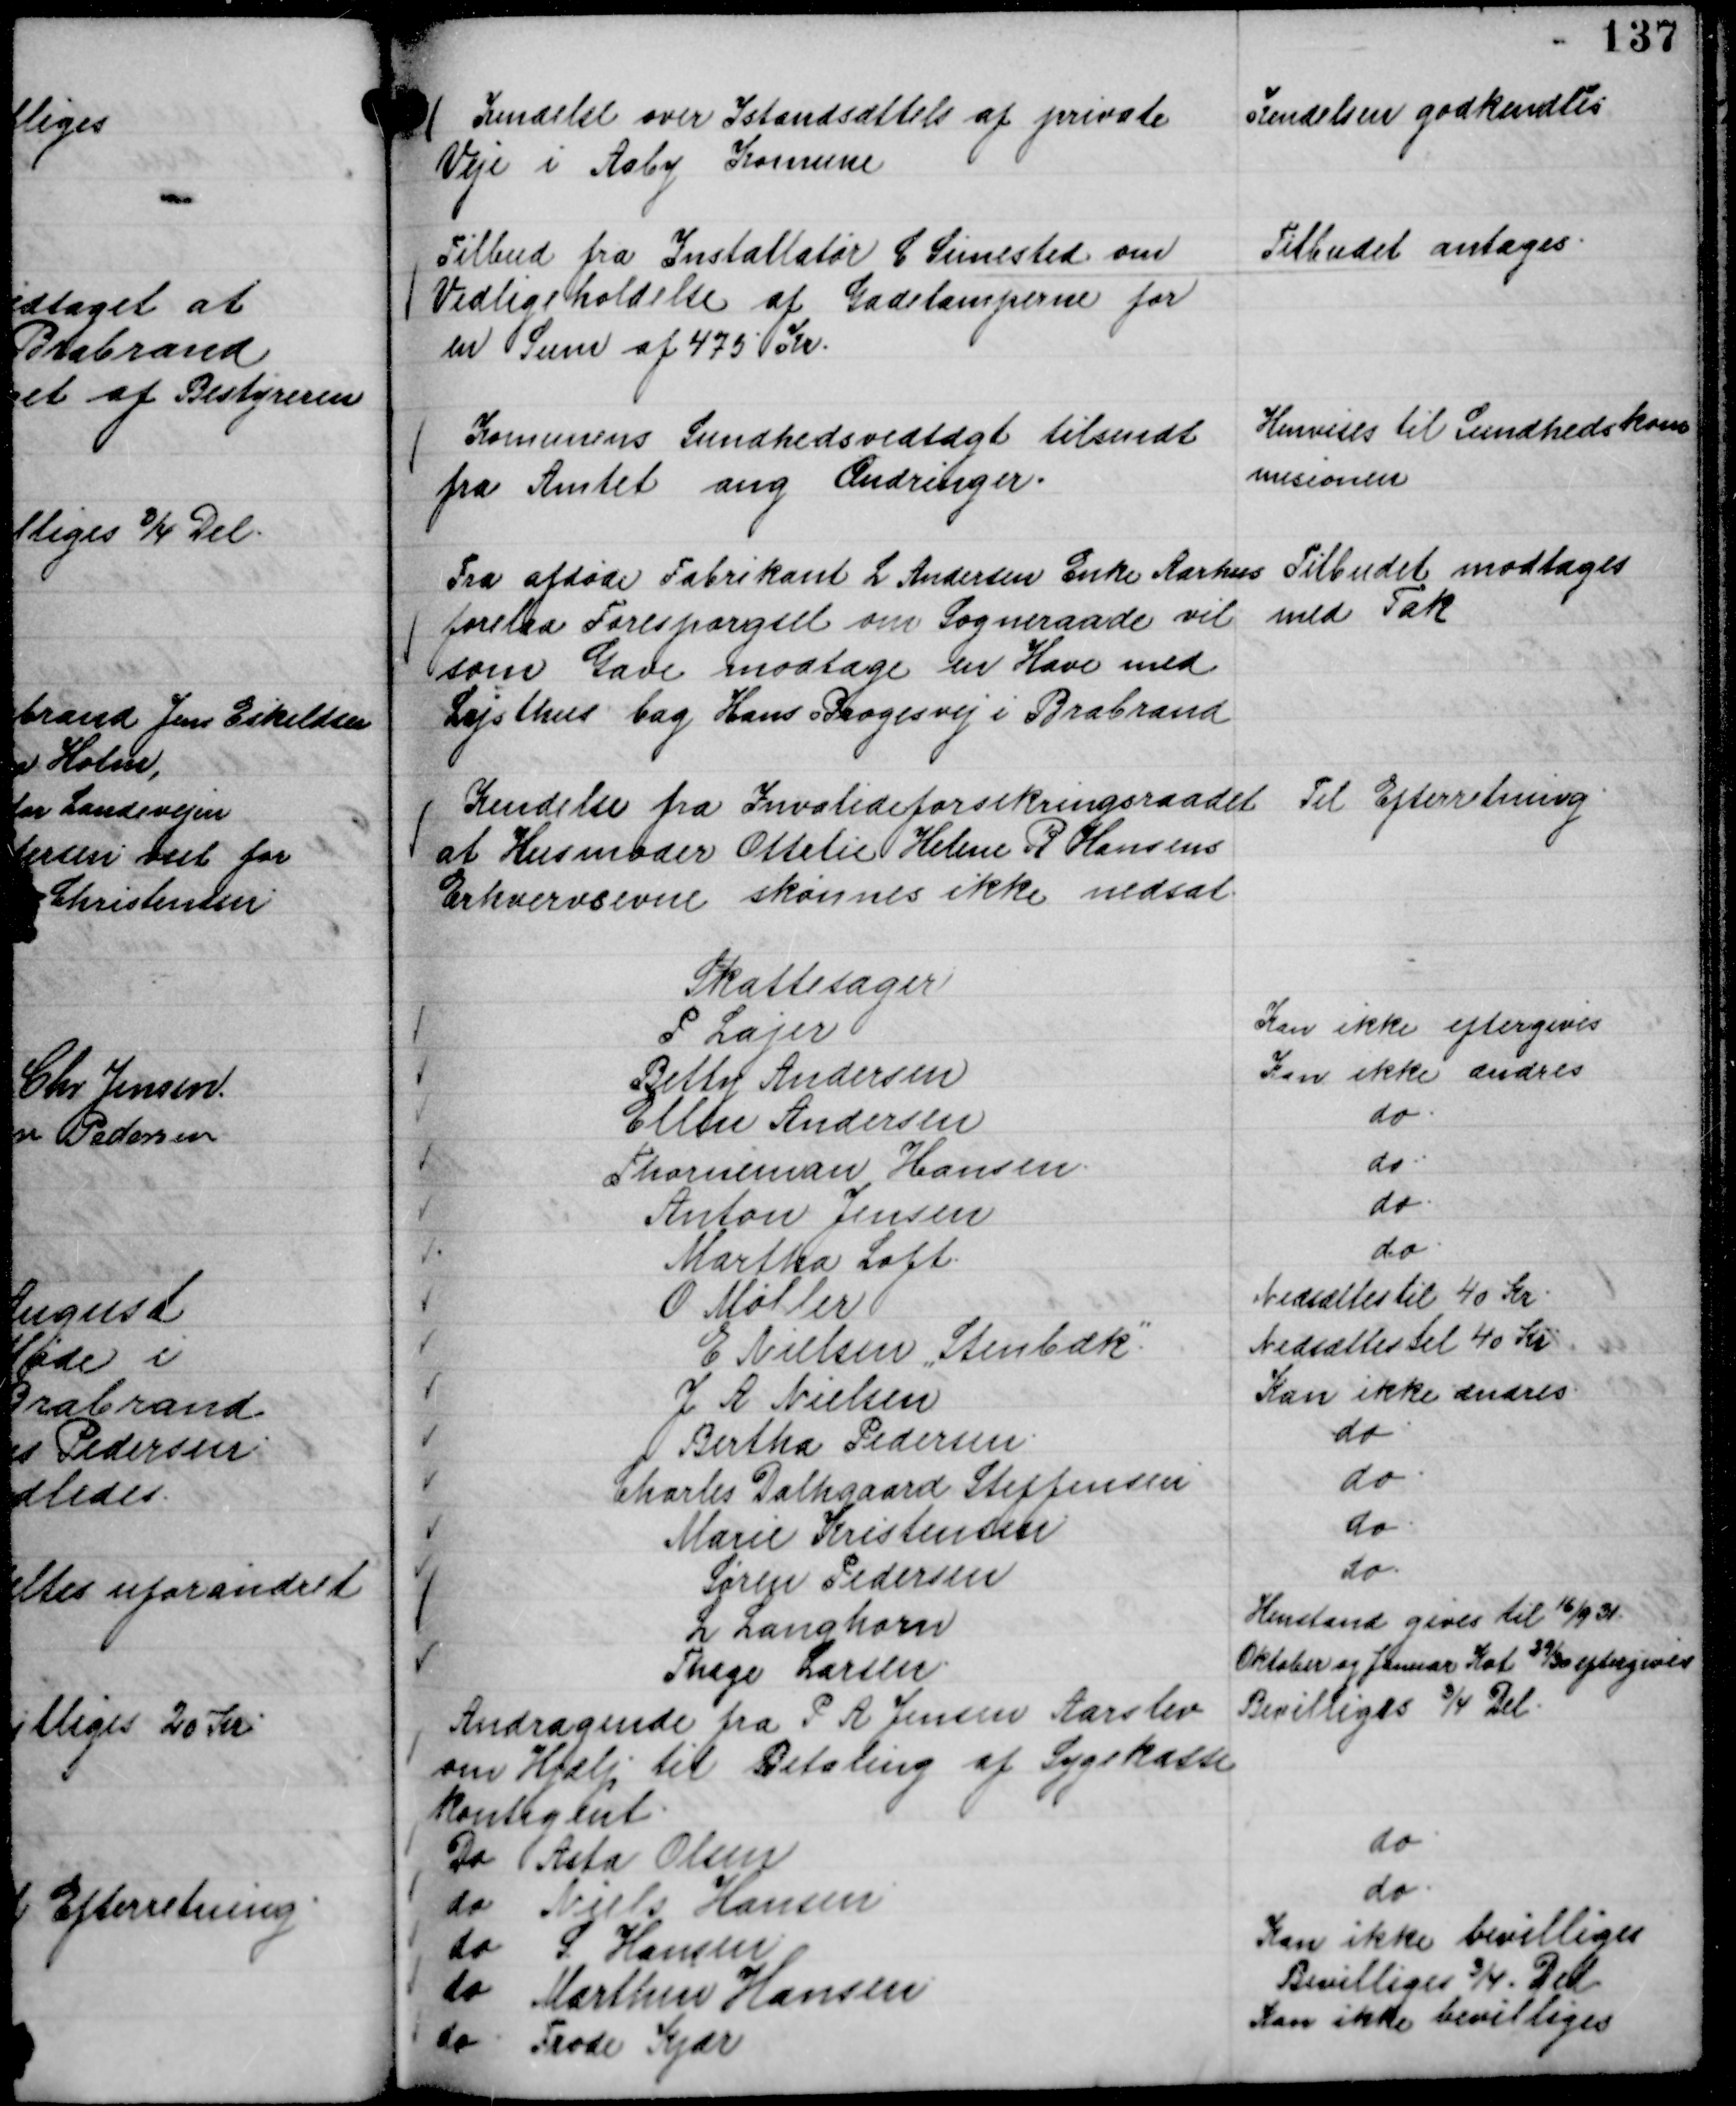
Transskription:
Kendelse over Istandsættels af private
Veje i Aaby Komune

Kendelsen godkendtes

Tilbud fra Installatør C Simested om
Vedligeholdelse af Gadelamperne for
en Sum af 475 Kr.

Tilbudet antages.

Komunens Sundhedsvedtægt tilsendt
fra Amtet ang Ændringer.

Henvises til Sundhedskom
misionen

Fra afdøde Fabrikant L Andersen Enke Aarhus
forelaa Forespørgsel om Sogneraade vil
som Gave modtage en Have med
Lysthus bag Hans Brogesvej i Brabrand

Tilbudet modtages
med Tak

Kendelse fra Invalideforsikringsraadet
at Husmoder Ottelie Helene R Hansens
Erhvervsevne skønnes ikke nedsat.

Til Efterretning.

Skattesager
P Lajer
Kan ikke eftergives
Betty Andersen
Kan ikke ændres
Ellen Andersen
do.
Thorneman Hansen.
do.
Anton Jensen
do.
Martha Loft.
do.
O Møller
Nedsættes til 40 Kr.
E Nielsen "Stenbæk".
Nedsættes til 40 Kr
J A Nielsen
Kan ikke ændres.
Bertha Pedersen.
do.
Charles Dalhgaard Steffensen
do.
Marie Kristensen
do.
Søren Pedersen
do.
L Langhorn
Henstand gives til 16/9 31.
Thage Larsen.
Oktober Januar Kvt 29/30 eftergives

Andragende fra P A Jensen Aarslev
om Hjælp til Betaling af Sygekasse
kontigent.
Bevilliges ¾ Del.
Do Asta Olsen
do.
do Niels Hansen
do.
do S Hansen
Kan ikke bevilliges
do Marthin Hansen
Bevilliges ¾ Del.
do. Frode Kjær
Kan ikke bevilliges